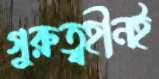
গুরুত্বহীনই